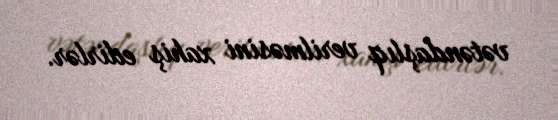
vətəndaşlıq verilməsini xahiş edirlər.